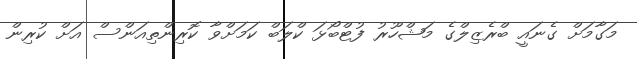
މަގާމަށް ގެނައީ ބްރެޒިލްގެ މަޝްހޫރު ފުޓްބޯޅަ ކްލަބް ކަމަށްވާ ކޮރިންތިއަންސް އަށް ކުރިން